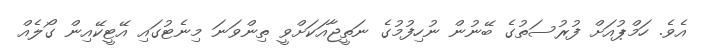
އެވެ. ހަމްޕުއަށް ފުރުސަތުގެ ބޭނުން ނުހިފުމުގެ ނަތީޖާއަކަށްވީ ތިންވަނަ މިނެޓުގައި އޭޓީކޭއިން ގޯލެއް